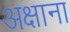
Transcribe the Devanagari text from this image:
अक्षाना